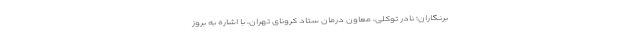
برنگاران؛ نادر توکلی، معاون درمان ستاد کرونای تهران، با اشاره به بروز